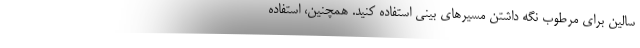
سالین برای مرطوب نگه داشتن مسیرهای بینی استفاده کنید. همچنین، استفاده